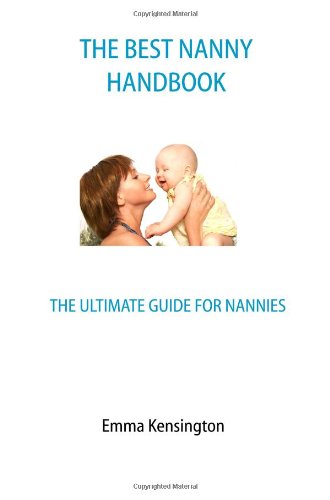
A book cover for The Best Nanny Handbook: The Ultimate Guide For Nannies; Emma Kensington; Parenting & Relationships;